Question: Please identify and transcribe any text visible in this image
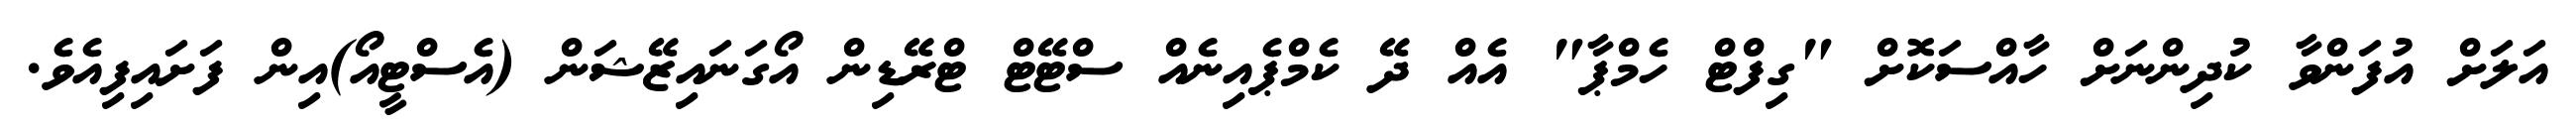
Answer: އަލަށް އުފަންވާ ކުދިންނަށް ހާއްސަކޮށް "ގިފްޓް ހެމްޕާ" އެއް ދޭ ކެމްޕެއިނެއް ސްޓޭޓް ޓްރޭޑިން އޯގަނައިޒޭޝަން (އެސްޓީއޯ)އިން ފަށައިފިއެވެ.